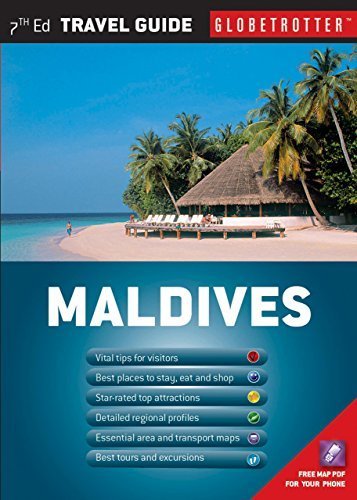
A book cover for Maldives (Globetrotter Travel Pack) by Lamberti, Stefania (2013) Paperback; Travel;